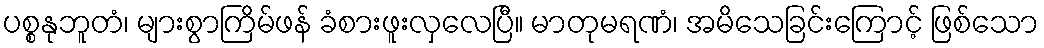
ပစ္စနုဘူတံ၊ များစွာကြိမ်ဖန် ခံစားဖူးလှလေပြီ။ မာတုမရဏံ၊ အမိသေခြင်းကြောင့် ဖြစ်သော